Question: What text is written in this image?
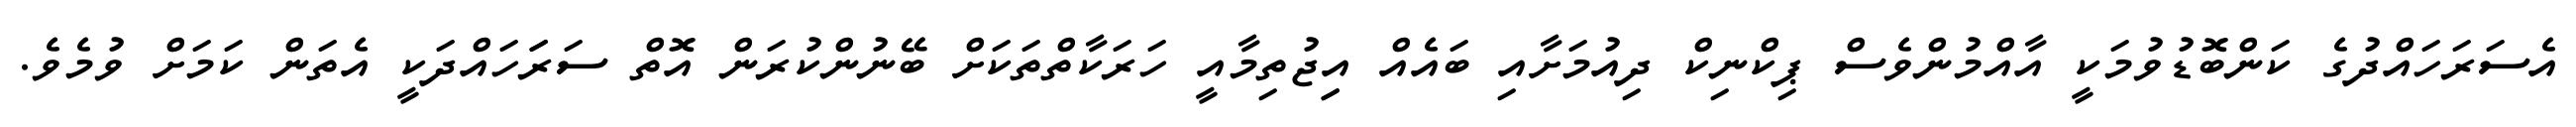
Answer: އެސަރަހައްދުގެ ކަންބޮޑުވުމަކީ އާއްމުންވެސް ޕިކްނިކް ދިއުމަށާއި ބައެއް އިިޖުތިމާއީ ހަރަކާތްތަކަށް ބޭނުންކުރަން އޮތް ސަރަަހައްދަކީ އެތަން ކަމަށް ވުމެވެ.